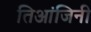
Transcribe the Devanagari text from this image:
तिआंजिनी